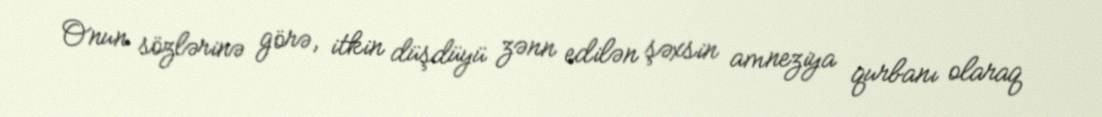
Onun sözlərinə görə, itkin düşdüyü zənn edilən şəxsin amneziya qurbanı olaraq